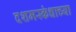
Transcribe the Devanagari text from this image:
दशमस्कंधाच्या